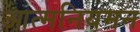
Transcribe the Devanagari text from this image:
आत्मनियमन